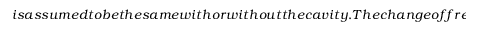
i s a s s u m e d t o b e t h e s a m e w i t h o r w i t h o u t t h e c a v i t y . T h e c h a n g e o f f r e e e n e r g y b a r r i e r c o m p a r e d t o t h e b a r e m o l e c u l a r r e a c t i o n ( w i t h